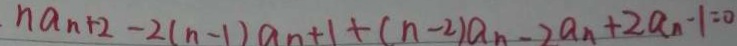
n a _ { n } + 2 - 2 ( n - 1 ) a _ { n } + 1 + ( n - 2 ) a _ { n } - 2 a _ { n } + 2 a _ { n } - 1 = 0